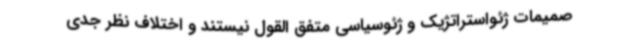
صمیمات ژئواستراتژیک و ژئوسیاسی متفق القول نیستند و اختلاف نظر جدی